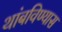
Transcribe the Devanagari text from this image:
थांबविण्यास